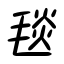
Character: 毯